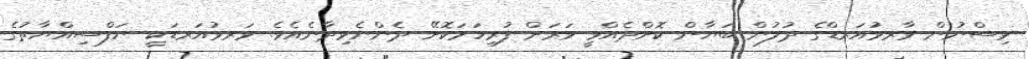
ވިސްނުން ވާރވުއަރޑްގެ ދުލުން ބަޔާން ކޮށްދެއްވީ ވަރަށް ފުރިހަމަކޮށޭ ދެންނެވިދާނެއެވެ. ވަރވުއަރޑަކީ ނަފްސިއްޔާތުގެ